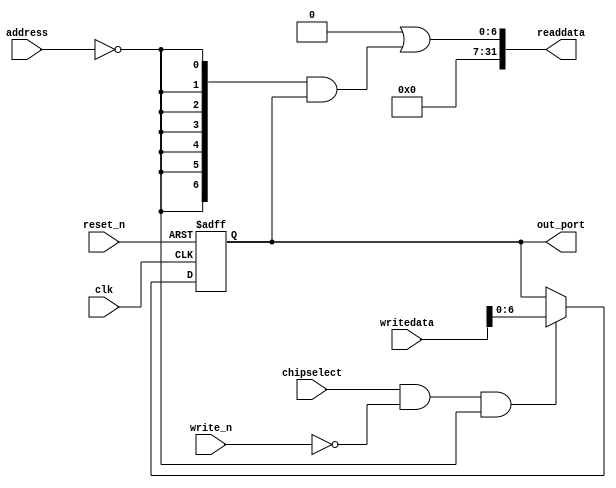
module dnn_accel_system_pio_0 (
                                // inputs:
                                 address,
                                 chipselect,
                                 clk,
                                 reset_n,
                                 write_n,
                                 writedata,

                                // outputs:
                                 out_port,
                                 readdata
                              )
;

  output  [  6: 0] out_port;
  output  [ 31: 0] readdata;
  input   [  1: 0] address;
  input            chipselect;
  input            clk;
  input            reset_n;
  input            write_n;
  input   [ 31: 0] writedata;


wire             clk_en;
reg     [  6: 0] data_out;
wire    [  6: 0] out_port;
wire    [  6: 0] read_mux_out;
wire    [ 31: 0] readdata;
  assign clk_en = 1;
  //s1, which is an e_avalon_slave
  assign read_mux_out = {7 {(address == 0)}} & data_out;
  always @(posedge clk or negedge reset_n)
    begin
      if (reset_n == 0)
          data_out <= 127;
      else if (chipselect && ~write_n && (address == 0))
          data_out <= writedata[6 : 0];
    end


  assign readdata = {32'b0 | read_mux_out};
  assign out_port = data_out;

endmodule